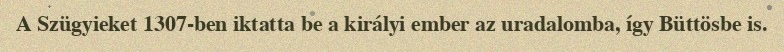
A Szügyieket 1307-ben iktatta be a királyi ember az uradalomba, így Büttösbe is.